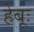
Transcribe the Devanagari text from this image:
हेबूः